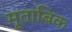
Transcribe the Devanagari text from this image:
मूताबिक